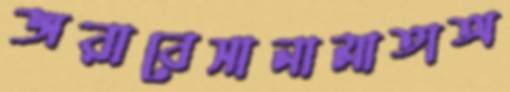
জরাবেসানামাতাঅ